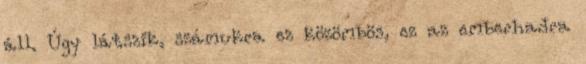
áll. Úgy látszik, számukra ez közömbös, ez az emberhadra